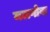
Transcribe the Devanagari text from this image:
मलगोवा